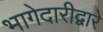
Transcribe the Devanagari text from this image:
भागेदारीद्वारे